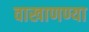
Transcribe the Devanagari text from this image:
वाखाणण्या